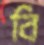
বি